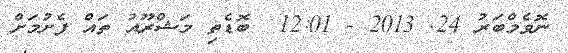
ނޮވެމްބަރު 24